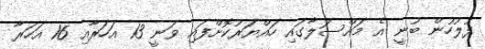
ފުލުހުން ބުނީ އެ މައްސަލާގައި ހައްޔަރުކޮށްފައި ވަނީ 13 އަހަރާއި 16 އަހަރާ